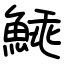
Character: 𩸼